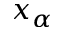
x _ { \alpha }